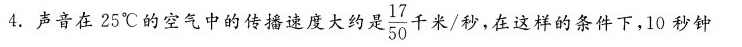
4.声音在25℃的空气中的传播速度大约是 \frac{17}{50}千米/秒，在这样的条件下，10秒钟